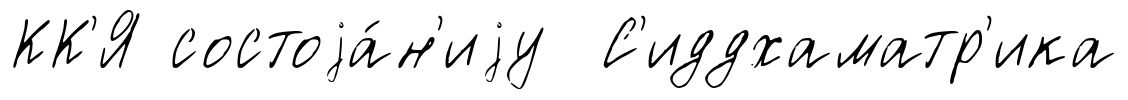
КК'Я состоjа́н'иjу С'иддхаматр'ика